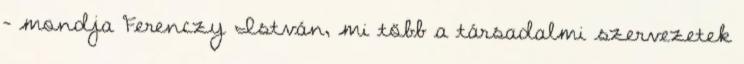
– mondja Ferenczy István, mi több a társadalmi szervezetek